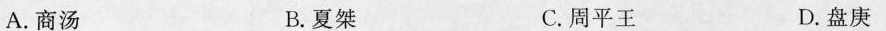
A.商汤 B.夏桀 C.周平王 D.盘庚